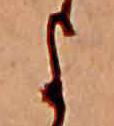
よ